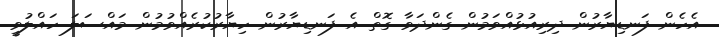
އެހެން ފަނޑިޔާރުން ދިރިއުޅުއްވަމުން ގެންދަވާ ގޮތް އެ ފަނޑިޔާރުން ހިޔާރުކުރެއްވުމުން މައްސަލަ ހައްލުވީ.